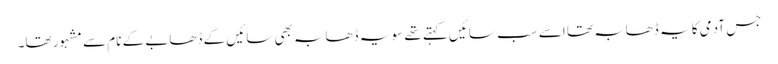
جس آدمی کا یہ ڈھابہ تھا اسے سب سائیں کہتے تھے سو یہ ڈھابہ بھی سائیں کے ڈھابے کے نام سے مشہور تھا۔